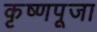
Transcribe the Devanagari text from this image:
कृष्‍णपूजा